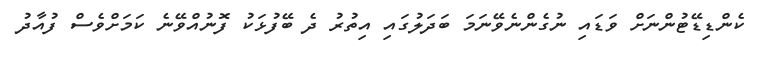
ކެންޑިޑޭޓުންނަށް ވަޑައި ނުގެންނެވޭނަމަ ބަދަލުގައި އިތުރު ދެ ބޭފުޅަކު ފޮނުއްވޭނެ ކަމަށްވެސް ފުއާދު